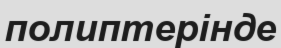
полиптерінде